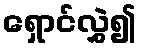
ရှောင်လွှဲ၍